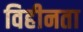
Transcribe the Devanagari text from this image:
विहीनता